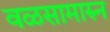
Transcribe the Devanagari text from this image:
वळसामारुन